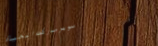
سوبرماركت الحياة